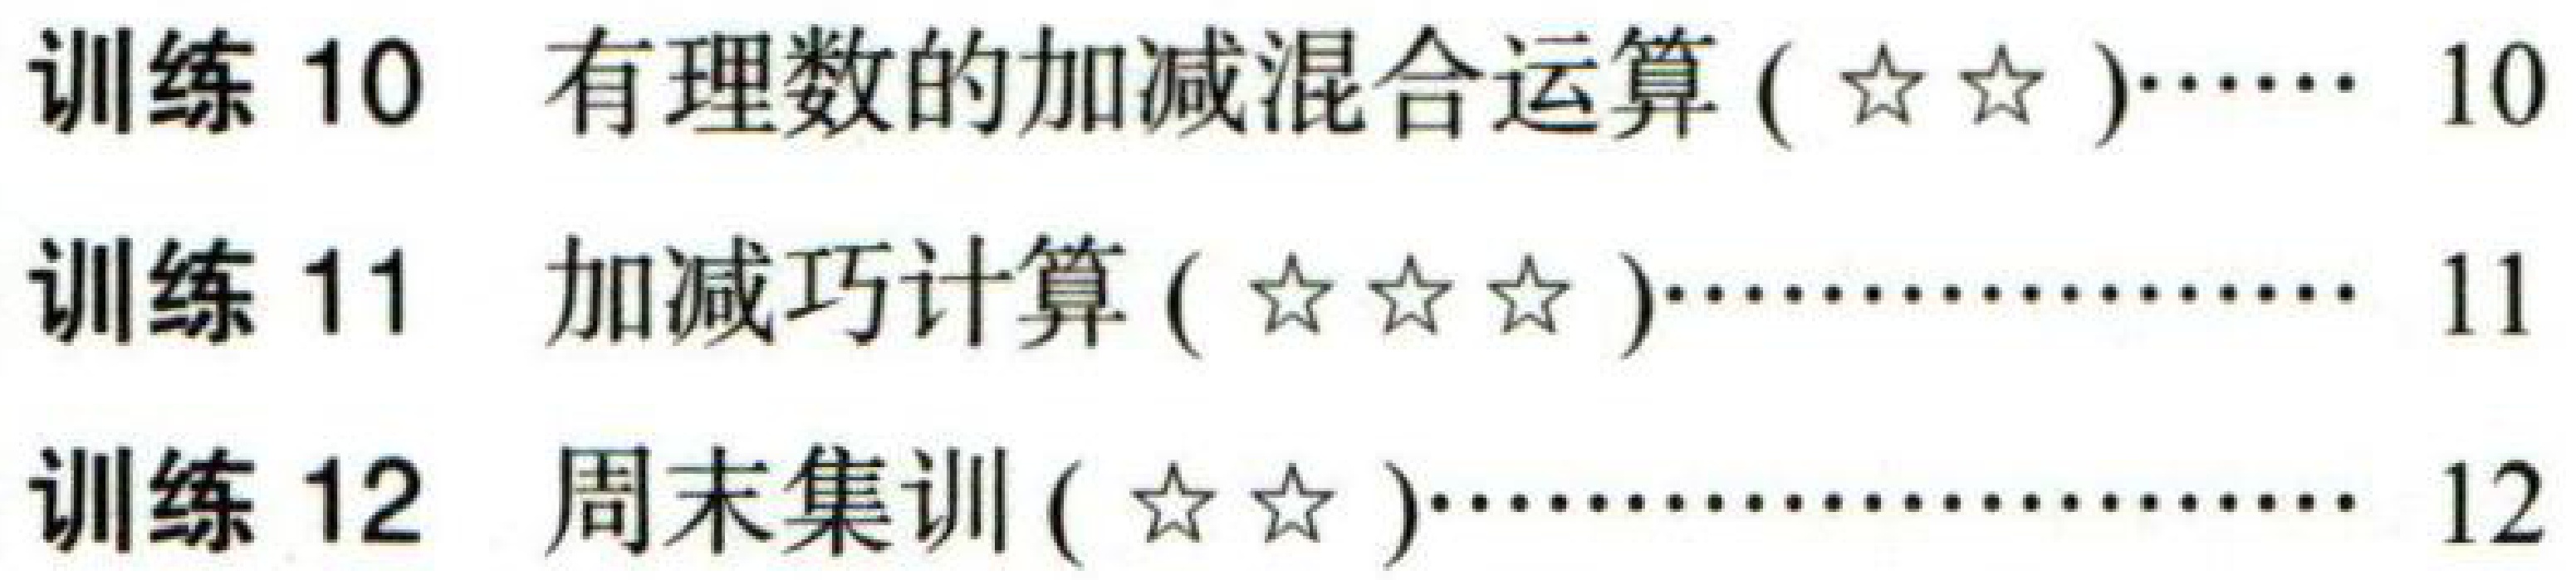
训练 10  有理数的加减混合运算 ($\star\star$)…… 10

训练 11  加减巧计算 ($\star\star\star$)…… 11

训练 12  周末集训 ($\star\star$)…… 12